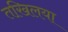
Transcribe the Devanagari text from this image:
तखि़लया